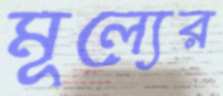
মূল্যের